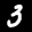
Label: 3